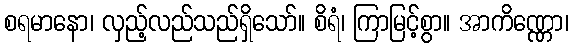
စရမာနော၊ လှည့်လည်သည်ရှိသော်။ စိရံ၊ ကြာမြင့်စွာ။ အာကိဏ္ဏော၊